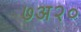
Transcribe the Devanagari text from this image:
७अ२०